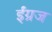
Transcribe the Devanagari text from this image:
ईंग्रज